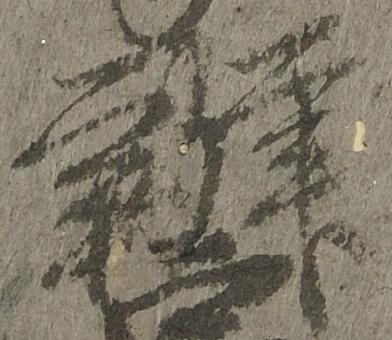
弁